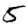
Digit: 5